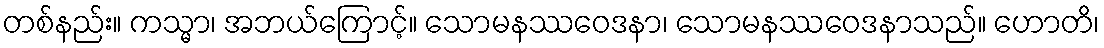
တစ်နည်း။ ကသ္မာ၊ အဘယ်ကြောင့်။ သောမနဿဝေဒနာ၊ သောမနဿဝေဒနာသည်။ ဟောတိ၊